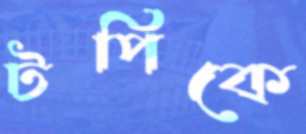
টপিকে